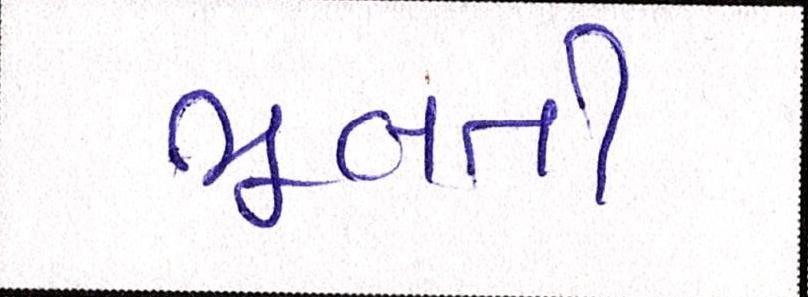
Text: ભૂલતી